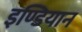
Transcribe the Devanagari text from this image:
इण्डियान